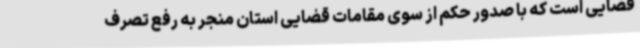
قضایی است که با صدور حکم از سوی مقامات قضایی استان منجر به رفع تصرف